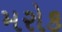
મરોક